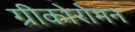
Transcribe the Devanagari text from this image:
ग्रीकोरोमन